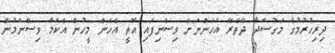
ދިރިހުރުމުގެ މަގުސަދާ ދޭތެރޭ އަހަންނަށް ވިސްނިފައި އޮތީ އެހެން މީހުން އެކަމާ ވިސްނަމުން